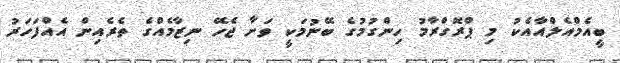
ބީއެމްއެލްއާއެކު މި ޕްރޮގްރާމު ހިންގުމުގެ ބޭނުމަކީ ވަށާ ޖެހޭ ނިޒާމެއްގެ ތެރެއިން އެއްފަހަރު